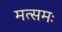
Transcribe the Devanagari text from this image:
मत्समः